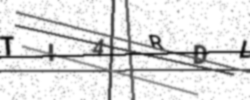
Text: TI4RDL